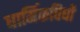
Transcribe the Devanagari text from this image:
धार्मिकविधी